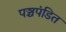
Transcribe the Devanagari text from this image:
पञ्चपंडित